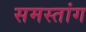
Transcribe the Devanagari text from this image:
समस्तांग